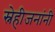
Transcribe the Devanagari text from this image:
स्नेहीजनांनी